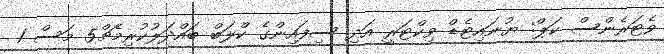
ވެޓަރެންސް ކަޕް: ޔުނައިޓެޑް ވިކްޓަރީ އަދި ސިފައިންގެ ކްލަބް ބައްދަލުކުރިމެޗް5 މަސް 1